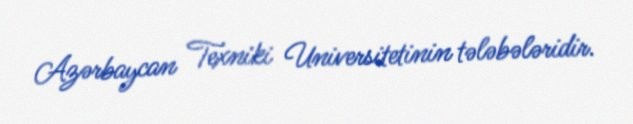
Azərbaycan Texniki Universitetinin tələbələridir.